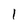
Character: 1